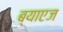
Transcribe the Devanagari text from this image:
ब्याएज